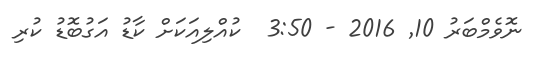
ނޮވެމްބަރު 10